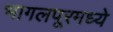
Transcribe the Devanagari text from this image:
भागलपूरमध्ये